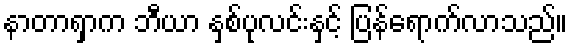
နာတာရှာက ဘီယာ နှစ်ပုလင်းနှင့် ပြန်ရောက်လာသည်။